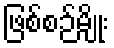
ဖြစ်စဉ်မျိုး